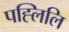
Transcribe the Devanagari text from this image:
पह्लिलि